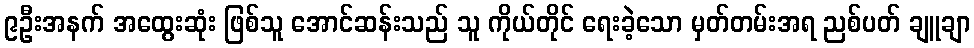
၉ဦးအနက် အထွေးဆုံး ဖြစ်သူ အောင်ဆန်းသည် သူ ကိုယ်တိုင် ရေးခဲ့သော မှတ်တမ်းအရ ညစ်ပတ် ချူချာ